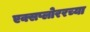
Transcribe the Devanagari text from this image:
एक्सप्लोररच्या